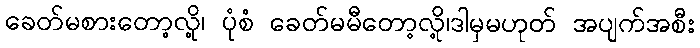
ခေတ်မစားတော့လို့၊ ပုံစံ ခေတ်မမီတော့လို့၊ဒါမှမဟုတ် အပျက်အစီး